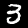
Label: 3